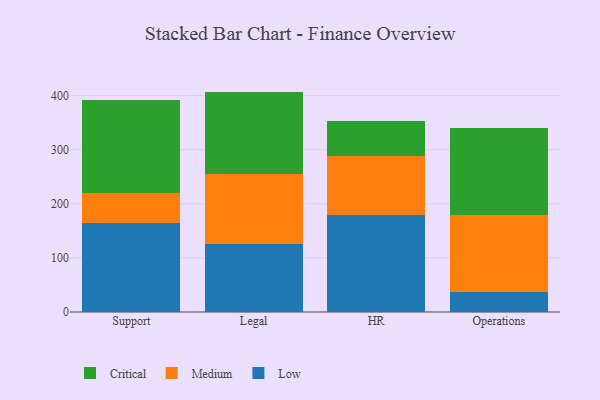
{"axis": {"x": "Department", "y": "Churn Rate (%)"}, "legend": ["Critical", "Low", "Medium"], "data": [{"x": "Support", "y": 165.0, "type": "Low"}, {"x": "Support", "y": 55.4, "type": "Medium"}, {"x": "Support", "y": 170.6, "type": "Critical"}, {"x": "Legal", "y": 125.1, "type": "Low"}, {"x": "Legal", "y": 129.5, "type": "Medium"}, {"x": "Legal", "y": 152.6, "type": "Critical"}, {"x": "HR", "y": 178.8, "type": "Low"}, {"x": "HR", "y": 110.3, "type": "Medium"}, {"x": "HR", "y": 64.5, "type": "Critical"}, {"x": "Operations", "y": 36.9, "type": "Low"}, {"x": "Operations", "y": 143.0, "type": "Medium"}, {"x": "Operations", "y": 160.7, "type": "Critical"}]}